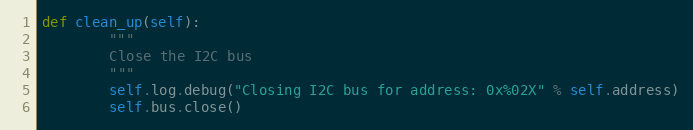
Language: Python
def clean_up(self):
        """
        Close the I2C bus
        """
        self.log.debug("Closing I2C bus for address: 0x%02X" % self.address)
        self.bus.close()